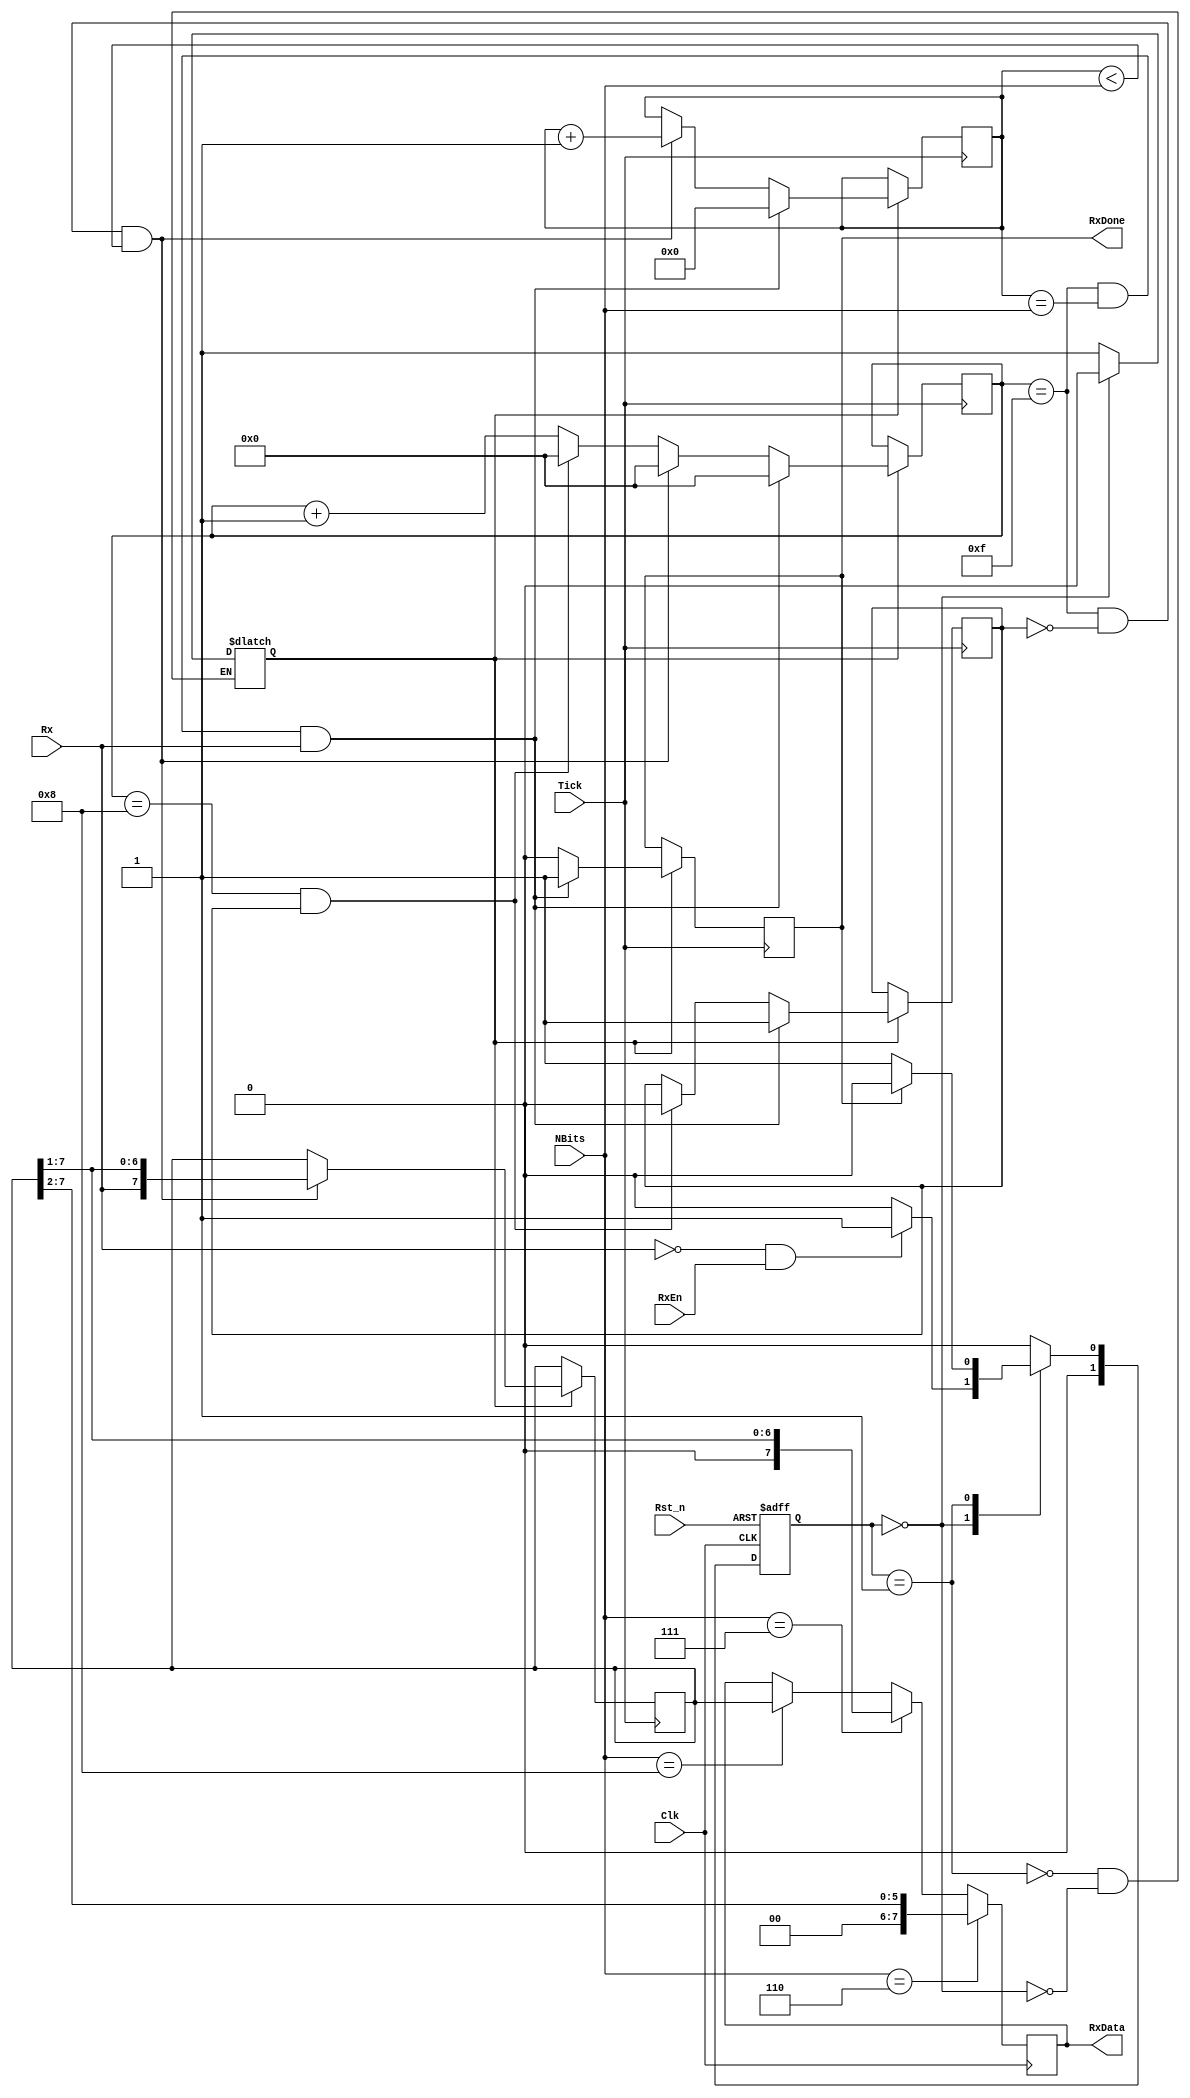
module UART_rx (Clk, Rst_n, RxEn, RxData, RxDone, Rx, Tick, NBits);	// Rx Module

	// Input Output Declaration
	input 			Clk, Rst_n, RxEn, Rx, Tick;		
	input [3:0] 	NBits;
	
	output 			RxDone;
	output [7:0]	RxData;

	// Declare Variabels Used for the State Machine
	parameter IDLE = 1'b0, READ = 1'b1; 	// Two States of the State Machine (READ = 1 and IDLE = 0)
	reg [1:0] State, Next;						// Registers to Store the State
	reg  		 read_enable = 1'b0;				// Enables Data Readings
	reg  		 start_bit 	 = 1'b1;				// Starts Bit Detection (First Falling Edge of RX)
	reg  		 RxDone 		 = 1'b0;				// Declares End of Data Reading
	reg [4:0] Bit 			 = 5'b00000;		// 8 Bits Counter for Data Reading 
	reg [3:0] counter 	 = 4'b0000;			// Counts the Tick Pulses up to 16
	reg [7:0] Read_data	 = 8'b00000000;	// Register to Store the Rx Input Bits before Assigning to the Output
	reg [7:0] RxData;								// To Output the Final Byte Value

	
	//////////////////////////////////////////////////////////////////////////////
	/////////////////////////////// STATE MACHINE ////////////////////////////////
	//////////////////////////////////////////////////////////////////////////////
	
	/////////////////////////////////// Reset ////////////////////////////////////

	always @ (posedge Clk or negedge Rst_n)
	begin
		if (!Rst_n)	State <= IDLE;				// If Reset Pin is low, Go to IDLE 
		else 			State <= Next;				// If Not, Go to Next State
	end


	/////////////////////////// Next Step Decision ///////////////////////////////

	always @ (State or Rx or RxEn or RxDone)
	begin
		case(State)	
			IDLE:	if(!Rx & RxEn)	Next = READ;	 // If Rx is Low (Start Bit Detected), Start the Read Process
					else				Next = IDLE;
			READ:	if(RxDone)		Next = IDLE; 	 // If RxDone is High, Goto IDLE and Wait for Start Bit
					else				Next = READ;
			default 					Next = IDLE;
		endcase
	end
	
	
	///////////////////////////////////////////////////////////////////////////////
	/////////////////////////////// READING DATA //////////////////////////////////
	///////////////////////////////////////////////////////////////////////////////

	/////////////////////////// Enable Read or Not ////////////////////////////////
	
	always @ (State or RxDone)
	begin
		case (State)
			READ: begin
						read_enable <= 1'b1;			// Enable Reading in READ Mode	
					end
			IDLE: begin
						read_enable <= 1'b0;			// Disable Reading in IDLE Mode
					end
		endcase
	end

	/////////////////////////// Read the Input Data ///////////////////////////////
	
	always @ (posedge Tick)
	begin
		if (read_enable)
		begin
			RxDone <= 1'b0;								 // Set the RxDone Register to Low
			counter <= counter + 4'b1;					 // Increase the counter by 1 with Each Tick Detected
			
			if ((counter == 4'b1000) & (start_bit)) // If Counter is 8, Set the Start Bit to 1. 
			begin
				start_bit <= 1'b0;
				counter <= 4'b0000;
			end

			if ((counter == 4'b1111) & (!start_bit) & (Bit < NBits))	// To Read All 8 Bits
			begin
				Bit <= Bit + 5'b1;
				Read_data <= {Rx,Read_data[7:1]};
				counter <= 4'b0000;
			end
			
			if ((counter == 4'b1111) & (Bit == NBits) & (Rx)) // To Detect the Stop Bit (Rx High)
			begin
				Bit <= 4'b0000;
				RxDone <= 1'b1;
				counter <= 4'b0000;
				start_bit <= 1'b1; // Reset All Values to Receive Next Set of Data
			end
		end
	end


	//////////////////////////////////////////////////////////////////////////////
	////////////////////////////// OUTPUT ASSIGN /////////////////////////////////
	//////////////////////////////////////////////////////////////////////////////

	always @ (posedge Clk)
	begin
		if (NBits == 4'b1000)
		begin
			RxData[7:0] <= Read_data[7:0];	
		end

		if (NBits == 4'b0111)
		begin
			RxData[7:0] <= {1'b0,Read_data[7:1]};	
		end

		if (NBits == 4'b0110)
		begin
			RxData[7:0] <= {1'b0,1'b0,Read_data[7:2]};	
		end
	end

endmodule